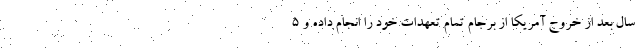
سال بعد از خروج آمریکا از برجام تمام تعهدات خود را انجام داده و 5